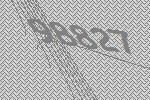
98827